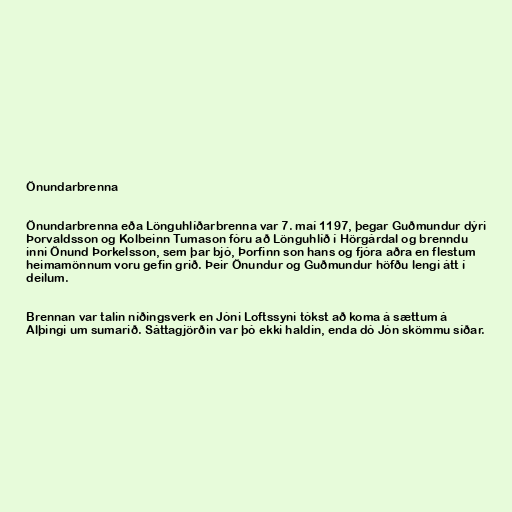
Önundarbrenna

Önundarbrenna eða Lönguhlíðarbrenna var 7. maí 1197, þegar Guðmundur dýri
Þorvaldsson og Kolbeinn Tumason fóru að Lönguhlíð í Hörgárdal og brenndu
inni Önund Þorkelsson, sem þar bjó, Þorfinn son hans og fjóra aðra en flestum
heimamönnum voru gefin grið. Þeir Önundur og Guðmundur höfðu lengi átt í
deilum.

Brennan var talin níðingsverk en Jóni Loftssyni tókst að koma á sættum á
Alþingi um sumarið. Sáttagjörðin var þó ekki haldin, enda dó Jón skömmu síðar.